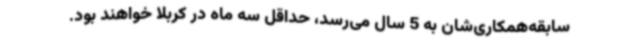
سابقه‌همکاری‌شان به 5 سال می‌رسد، حداقل سه ماه در کربلا خواهند بود.